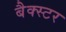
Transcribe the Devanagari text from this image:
बैक्स्टर